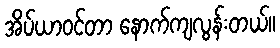
အိပ်ယာဝင်တာ နောက်ကျလွန်းတယ်။